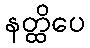
နတ္ထိပေ